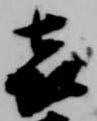
喜